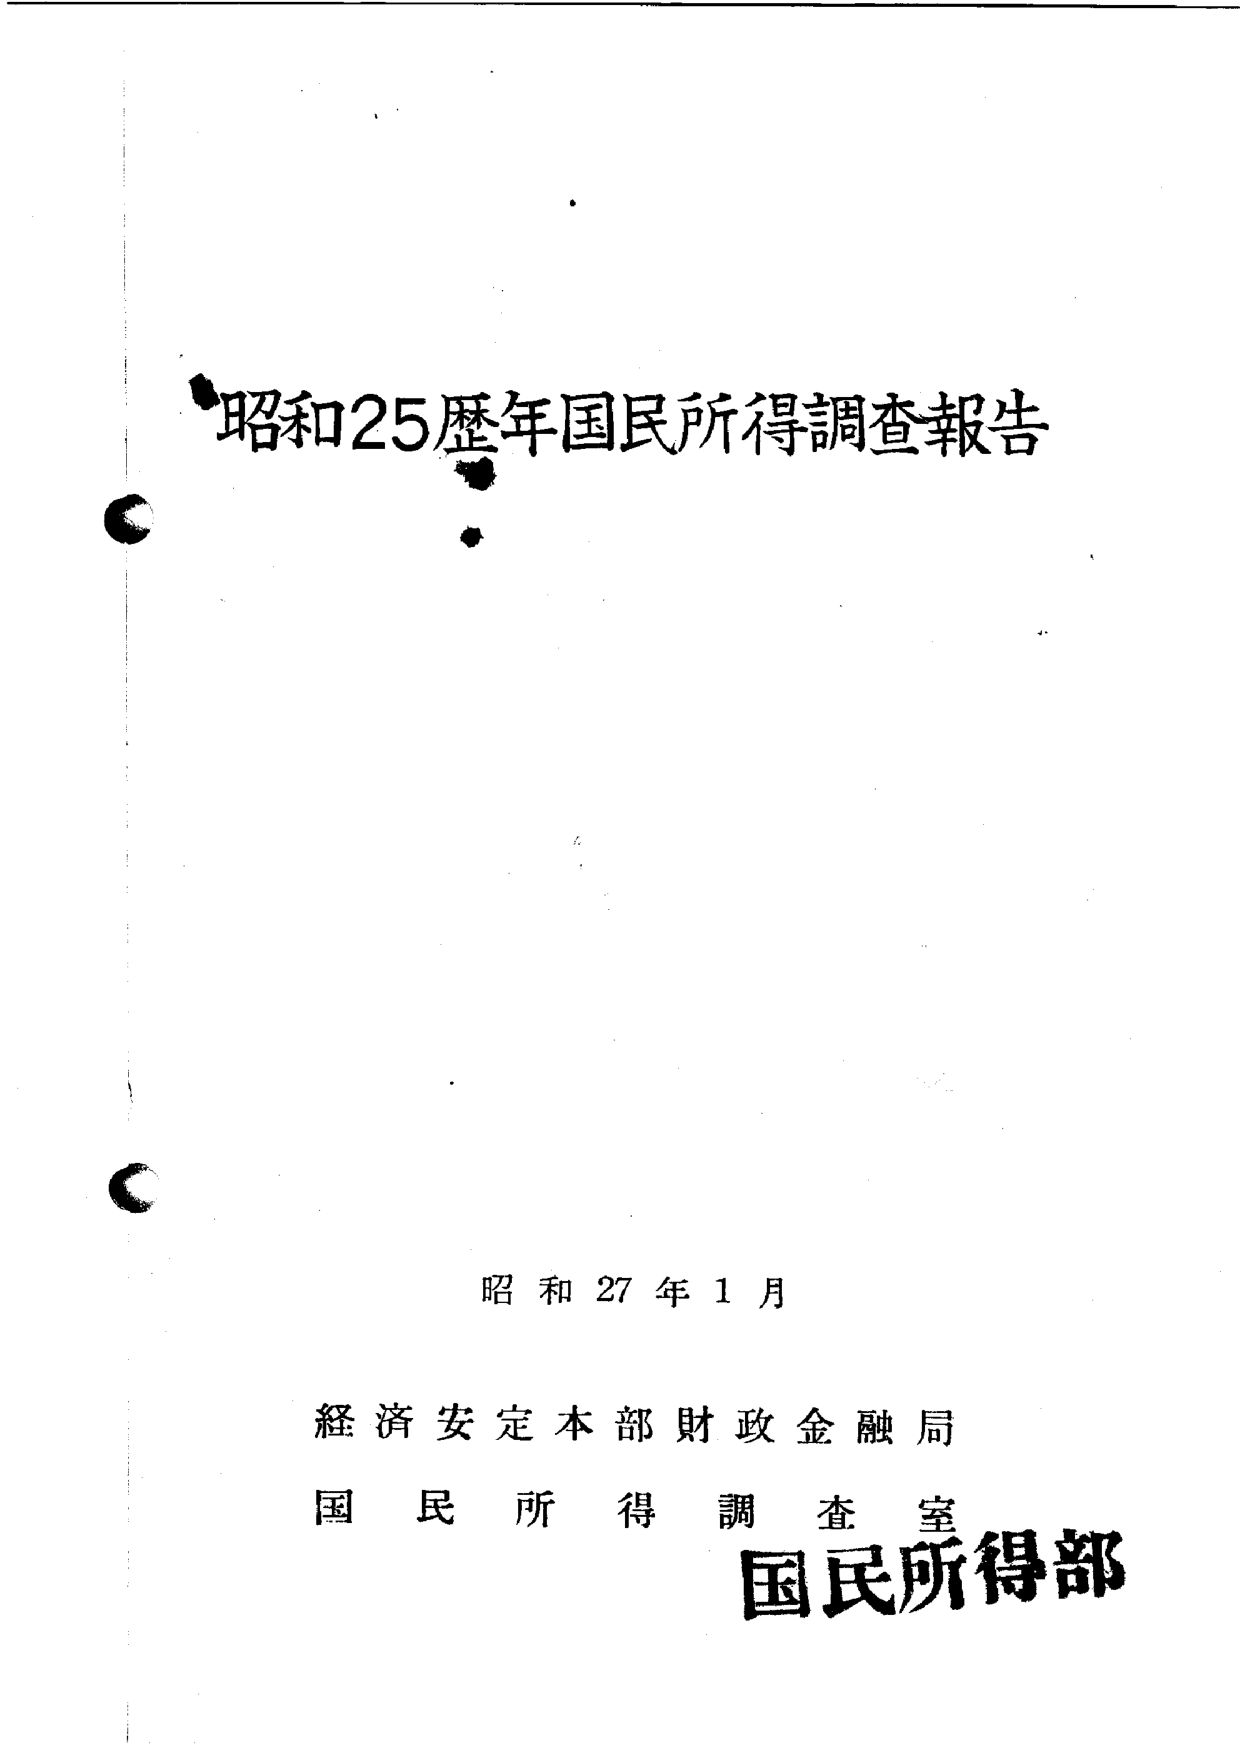
昭和25歴年国民所得調査報告

昭和27年1月

経済安定本部財政金融局
国民所得調査室
国民所得部